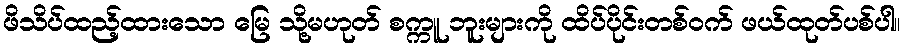
ဖိသိပ်ထည့်ထားသော မြေ သို့မဟုတ် စက္ကူ ဘူးများကို ထိပ်ပိုင်းတစ်ဝက် ဖယ်ထုတ်ပစ်ပါ။